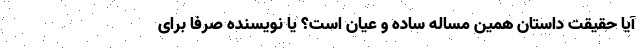
آیا حقیقت داستان همین مساله ساده و عیان است؟ یا نویسنده صرفا برای